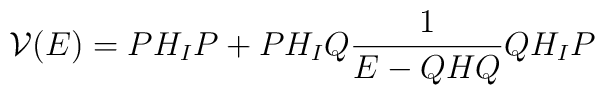
{\cal V}(E) = PH_IP + PH_IQ\frac{1}{E-QHQ}QH_IP